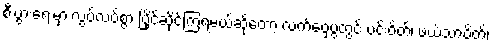
စီးပွားရေးမှာ လွပ်လပ်စွာ ပြိုင်ဆိုင်ကြရမယ်ဆိုတော့ လက်ဝှေ့ပွဲတွင် ပင်းဝိတ်၊ ဖယ်သာဝိတ်၊